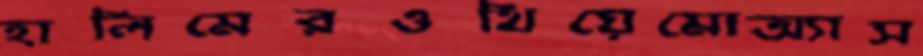
হালিমেরওথিয়েমোঅ্যাস